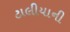
ટાલીયાની